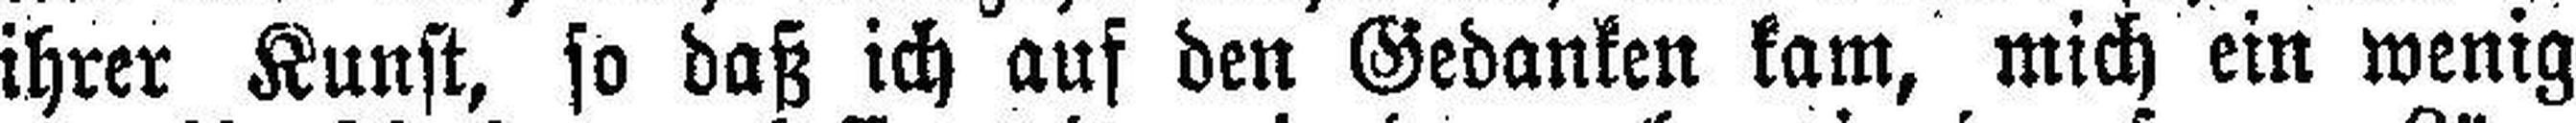
ihrer Kunst, so daß ich auf den Gedanken kam, mich ein wenig